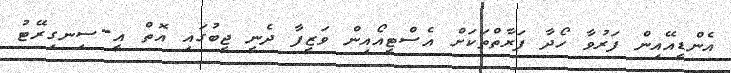
އެންޑީއޭއިން ފަރުވާ ހޯދާ ފަރާތްތަކަށް އެސްޓީއޯއިން ވަޒީފާ ދެނީ ޖީބުގައި އޮތް އީ-ސިނގިރޭޓު